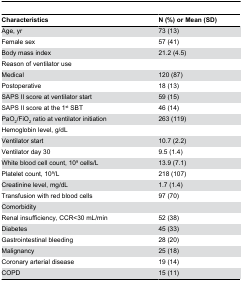
<table><thead><tr><td><b>Characteristics</b></td><td><b>N (%) or Mean (SD)</b></td></tr></thead><tbody><tr><td>Age, yr</td><td>73 (13)</td></tr><tr><td>Female sex</td><td>57 (41)</td></tr><tr><td>Body mass index</td><td>21.2 (4.5)</td></tr><tr><td>Reason of ventilator use</td><td></td></tr><tr><td>Medical</td><td>120 (87)</td></tr><tr><td>Postoperative</td><td>18 (13)</td></tr><tr><td>SAPS II score at ventilator start</td><td>59 (15)</td></tr><tr><td>SAPS II score at the 1<sup>st</sup> SBT</td><td>46 (14)</td></tr><tr><td>PaO<sub>2</sub>/FiO<sub>2</sub> ratio at ventilator initiation</td><td>263 (119)</td></tr><tr><td>Hemoglobin level, g/dL</td><td></td></tr><tr><td>Ventilator start</td><td>10.7 (2.2)</td></tr><tr><td>Ventilator day 30</td><td>9.5 (1.4)</td></tr><tr><td>White blood cell count, 10<sup>9</sup> cells/L</td><td>13.9 (7.1)</td></tr><tr><td>Platelet count, 10<sup>9</sup>/L</td><td>218 (107)</td></tr><tr><td>Creatinine level, mg/dL</td><td>1.7 (1.4)</td></tr><tr><td>Transfusion with red blood cells</td><td>97 (70)</td></tr><tr><td>Comorbidity</td><td></td></tr><tr><td>Renal insufficiency, CCR&lt;30 mL/min</td><td>52 (38)</td></tr><tr><td>Diabetes</td><td>45 (33)</td></tr><tr><td>Gastrointestinal bleeding</td><td>28 (20)</td></tr><tr><td>Malignancy</td><td>25 (18)</td></tr><tr><td>Coronary arterial disease</td><td>19 (14)</td></tr><tr><td>COPD</td><td>15 (11)</td></tr></tbody></table>